Vaccination in Bombay 1863-1868 - 1863-1868
Year: 1863
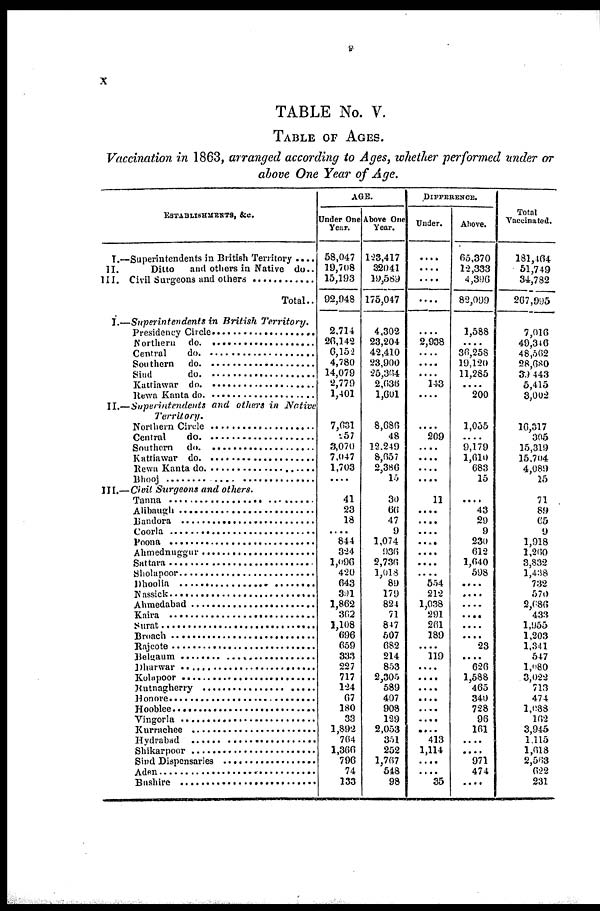
x
TABLE No. V.
TABLE OF AGES.
Vaccination in 1863, arranged according to Ages, whether performed under or
above One Year of Age.
ESTABLISHMENTS, &c.
I.—Superintendents in British Territory ....
II.
Ditto
and others in Native do..
III. Civil Surgeons and others .................
Total..
I.—Superintendents in British
Territory.
Presidency Circle ...........................
Northern do. ...................
Central do. ......................
Southern do. .......................
Sind do. ..............................
Kattiawar do. .............................
Rewa Kanta do. ...........................
II.—Superintendents and others in
Native
Territory.
Northern Circle .................................
Central do. ....................................
Southern do. ...............................
Kattiawar do. ........................
Rewa Kanta do. ........................
Bhooj ................................
III.—Civil Surgeons and others.
Tanna ..........................
Alibaugh ............................
Bandora ...........................
Coorla ..................................
Poona ................................
Ahmednuggur .......................
Sattara ...............................
Sholapoor ............................
Dhoolia ............................
Nassick ..................................
Ahmedabad ...............................
Kaira ..............................
Surat ......................................
Broach ..........................
Rajcote .............................
Belgaum ..........................
Dharwar ............................
Kolapoor .........................
Rutnagherry ..........................
Honore ...............................
Hooblee ........................
Vengorla ....................
Kurrachee ..........................
Hydrabad ..........................
Shikarpoor ................................
Sind Dispensaries .................
Aden .................................
Bushire ....................................
AGE.
Under One
Year.
58,047
19,708
15,193
92,948
2,714
26,142
6,152
4,780
14,079
2,779
1,401
7,631
257
3,070
7,047
1,703
....
41
23
18
....
844
324
1,096
420
643
391
1,862
362
1,108
696
059
333
227
717
1.24
67
180
33
1,892
764
1,366
796
74
133
Above One
Year.
123,417
32041
19,589
175,047
4,302
23,204
42,410
23,900
25,364
2,636
1,601
8,686
48
12,249
8,657
2,386
15
30
66
47
9
1,074
936
2,736
1,018
89
179
824
71
847
507
682
214
853
2,305
589
407
908
129
2,053
351
252
1,767
548
98
DIFFERENCE.
Under.
....
....
....
....
....
2,938
....
....
....
143
....
....
209
....
....
....
....
11
....
....
....
....
....
....
....
554
212
1,038
291
201
189
119
....
....
....
....
....
....
413
1,114
....
....
35
Above.
65,370
12,333
4,396
82,099
1,588
....
36,258
19,120
11,285
....
200
1,055
....
9,179
1,610
683
15
....
43
29
9
230
612
1,640
598
....
....
....
....
....
23
620
1,588
465
340
728
96
161
....
....
971
474
....
Total
Vaccinated.
181,464
51,749
34,782
267,995
7,016
49,346
48,562
28,680
39,443
5,415
3,002
16,317
305
15,319
15,704
4,089
15
71
89
65
9
1,918
1,260
3,832
1,438
732
570
2,080
433
1,955
1 203
1 341
547
1,980
3,022
713
474
1,088
162
3,945
1,115
1,618
2,563
622
231